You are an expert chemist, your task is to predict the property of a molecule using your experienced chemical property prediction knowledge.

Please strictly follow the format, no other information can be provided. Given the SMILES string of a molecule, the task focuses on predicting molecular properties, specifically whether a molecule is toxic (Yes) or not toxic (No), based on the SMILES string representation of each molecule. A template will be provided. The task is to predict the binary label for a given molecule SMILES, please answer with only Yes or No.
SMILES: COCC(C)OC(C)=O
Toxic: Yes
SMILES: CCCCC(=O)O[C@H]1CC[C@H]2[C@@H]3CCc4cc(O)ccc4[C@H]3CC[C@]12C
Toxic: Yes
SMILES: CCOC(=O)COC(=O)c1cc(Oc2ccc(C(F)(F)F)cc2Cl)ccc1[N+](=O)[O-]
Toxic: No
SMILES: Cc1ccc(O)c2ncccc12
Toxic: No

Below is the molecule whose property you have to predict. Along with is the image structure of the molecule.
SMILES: CNC(=O)[C@H](Cc1c[nH]c2ccccc12)NC(=O)[C@@H](CC(=O)NO)CC(C)C
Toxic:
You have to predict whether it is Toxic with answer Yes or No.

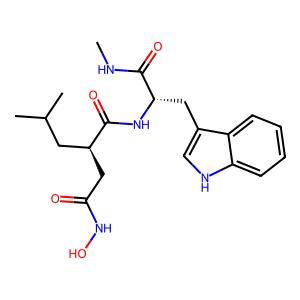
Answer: No